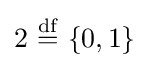
2~{\stackrel {\text{df}}{=}}~\{0,1\}